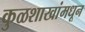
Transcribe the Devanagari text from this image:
कुळशाखांमधून